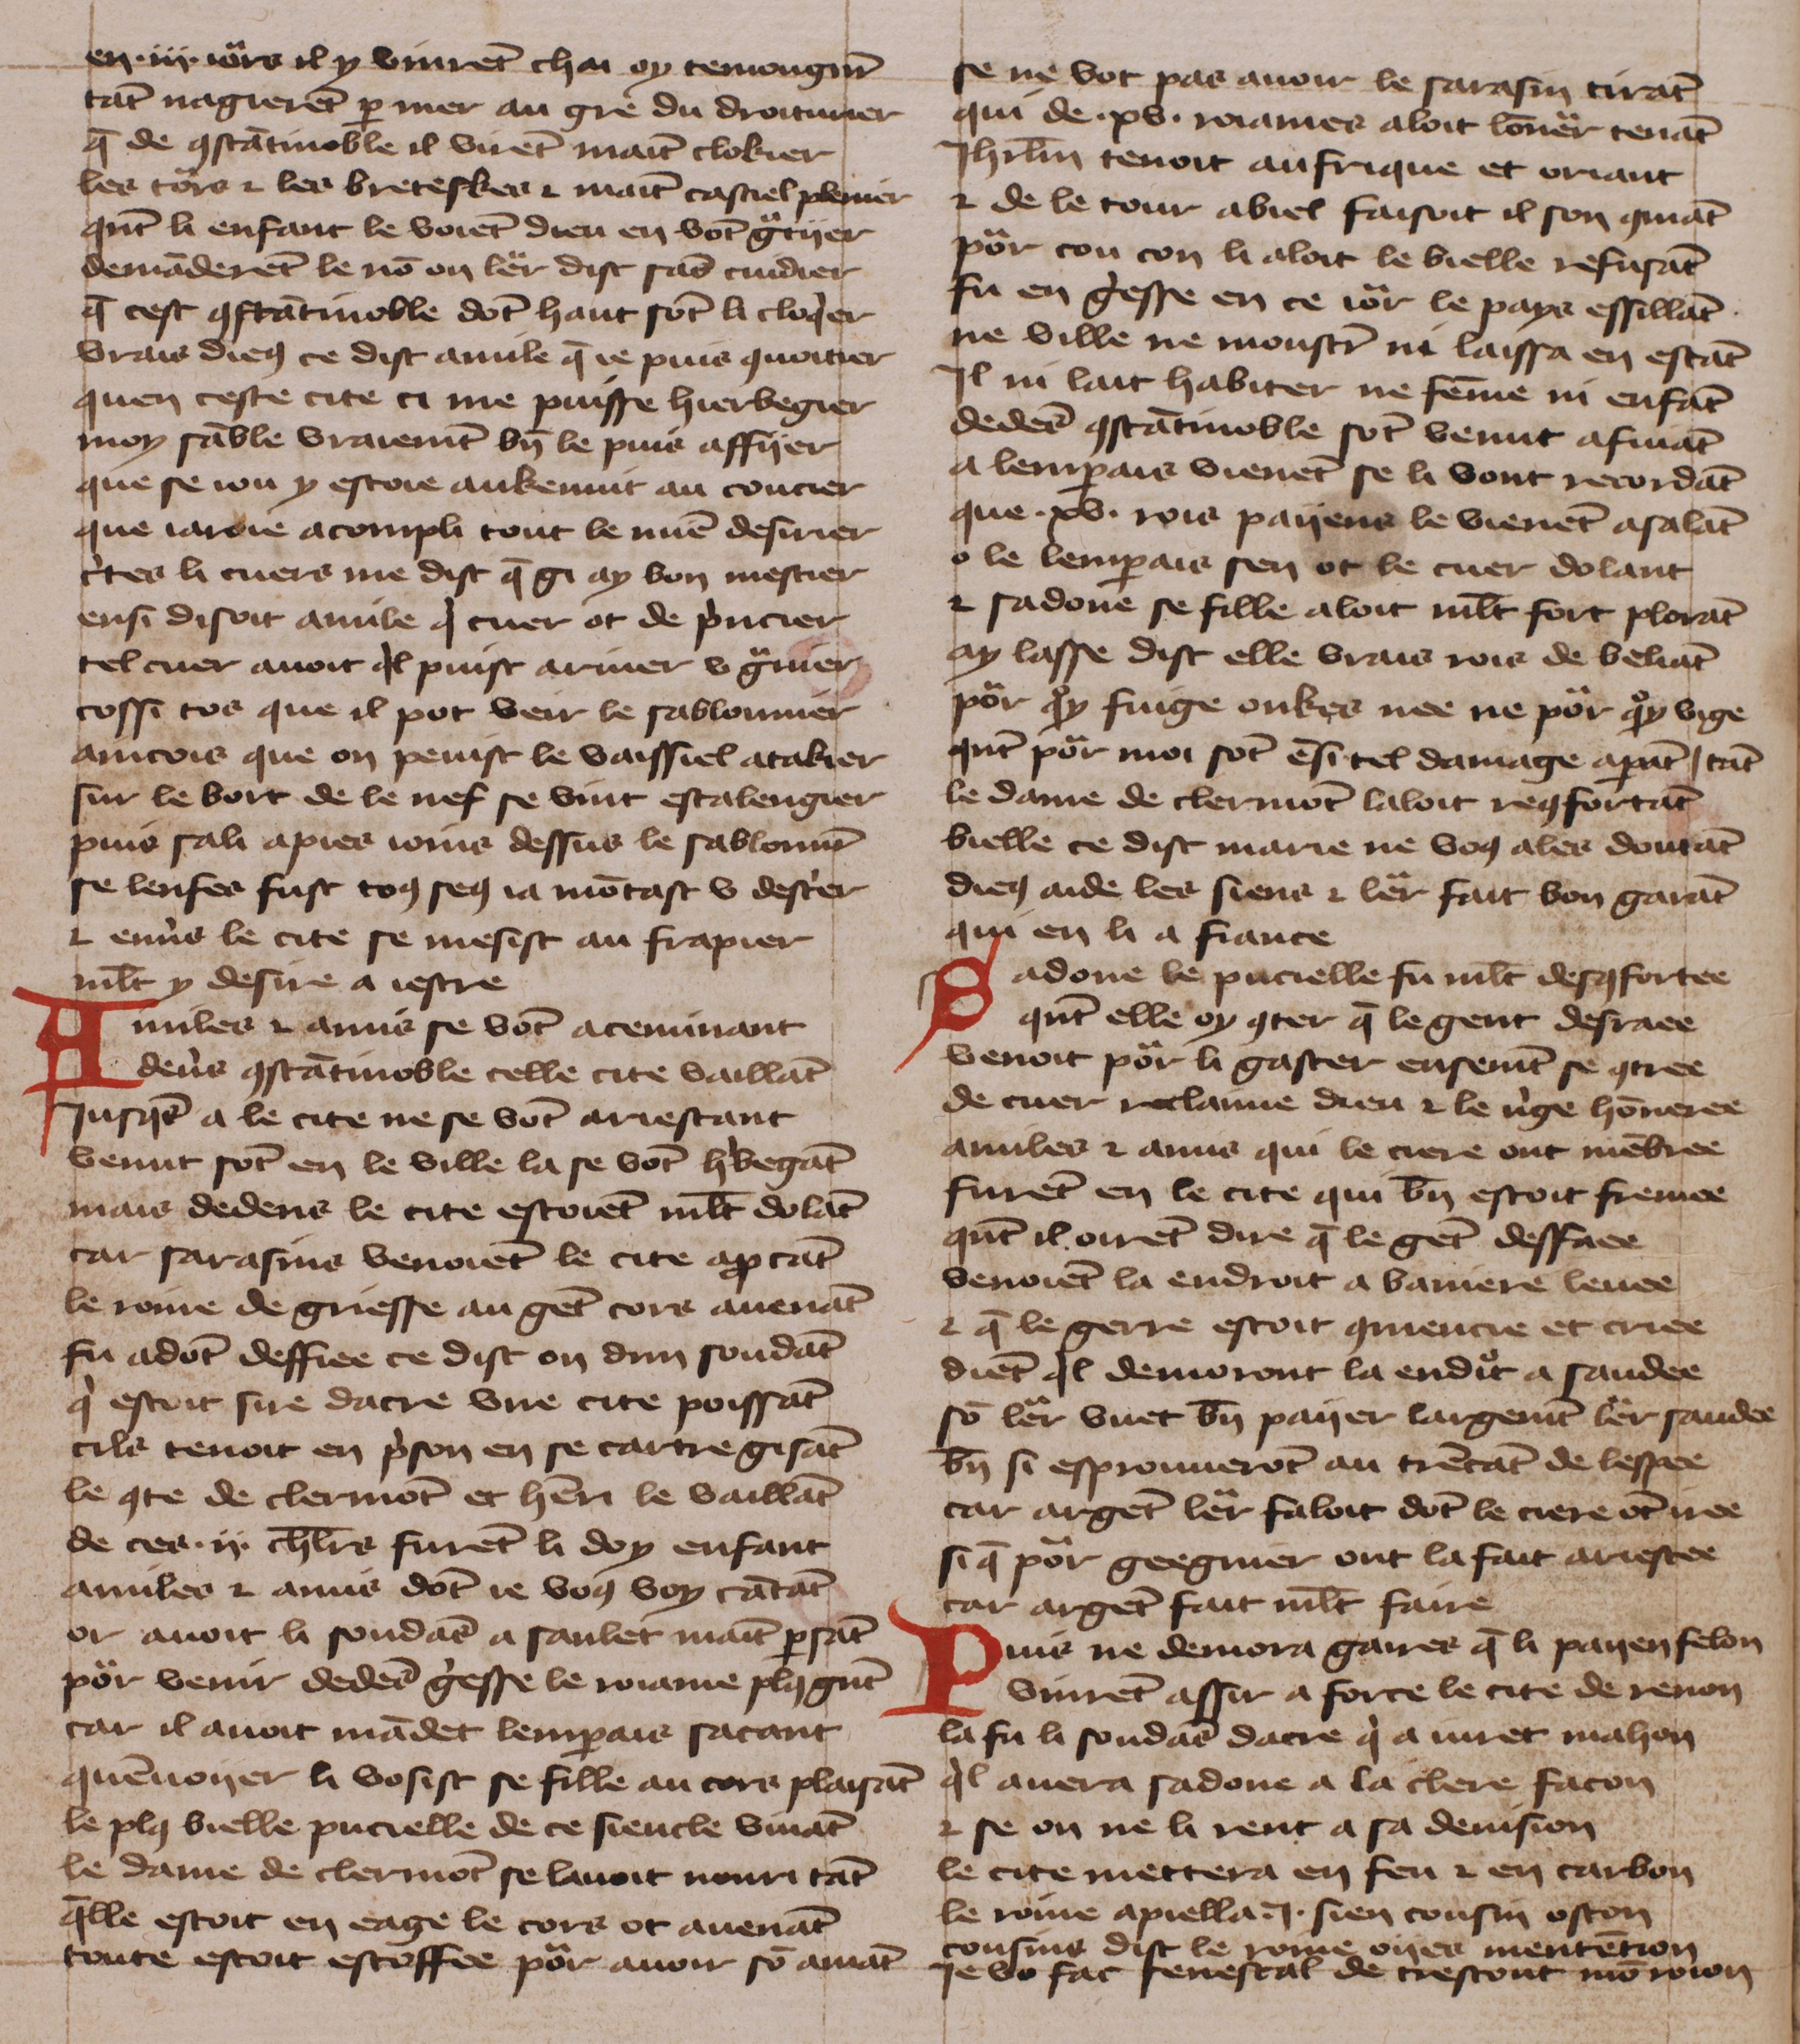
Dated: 1425–1425